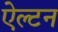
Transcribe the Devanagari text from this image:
ऐल्टन